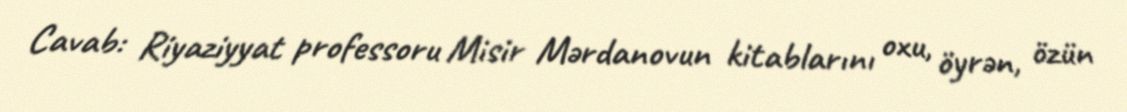
Cavab: Riyaziyyat professoru Misir Mərdanovun kitablarını oxu, öyrən, özün